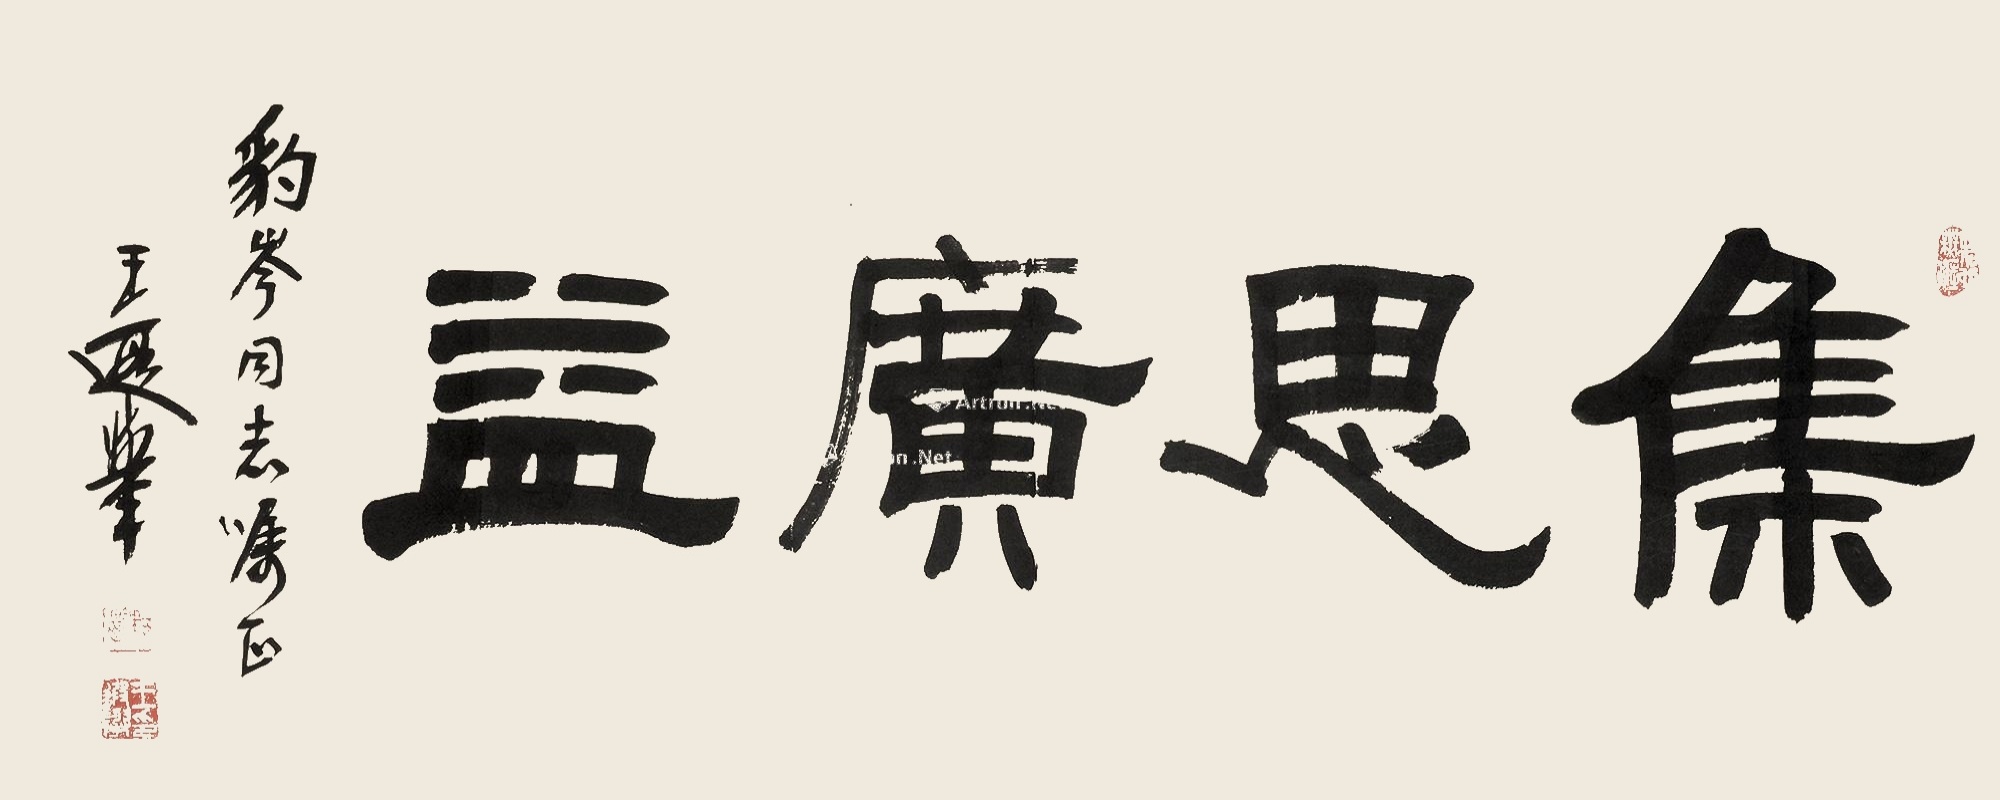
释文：集思广益。豹岑同志嘱正，王遐举。